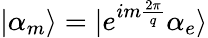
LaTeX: |\alpha_{m}\rangle=|e^{im\frac{2\pi}{q}}\alpha_{e}\rangle